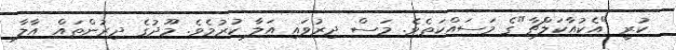
ކުރީ "އެކުއާކަލްޗާ"ގެ މަސައްކަތެވެ. މަސް ދިރުވައި އަލާ ކުރުމެވެ. މޫދުގެ ދިރުންތައް އާލާ